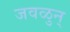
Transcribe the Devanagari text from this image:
जवळुन्